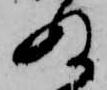
ぬ